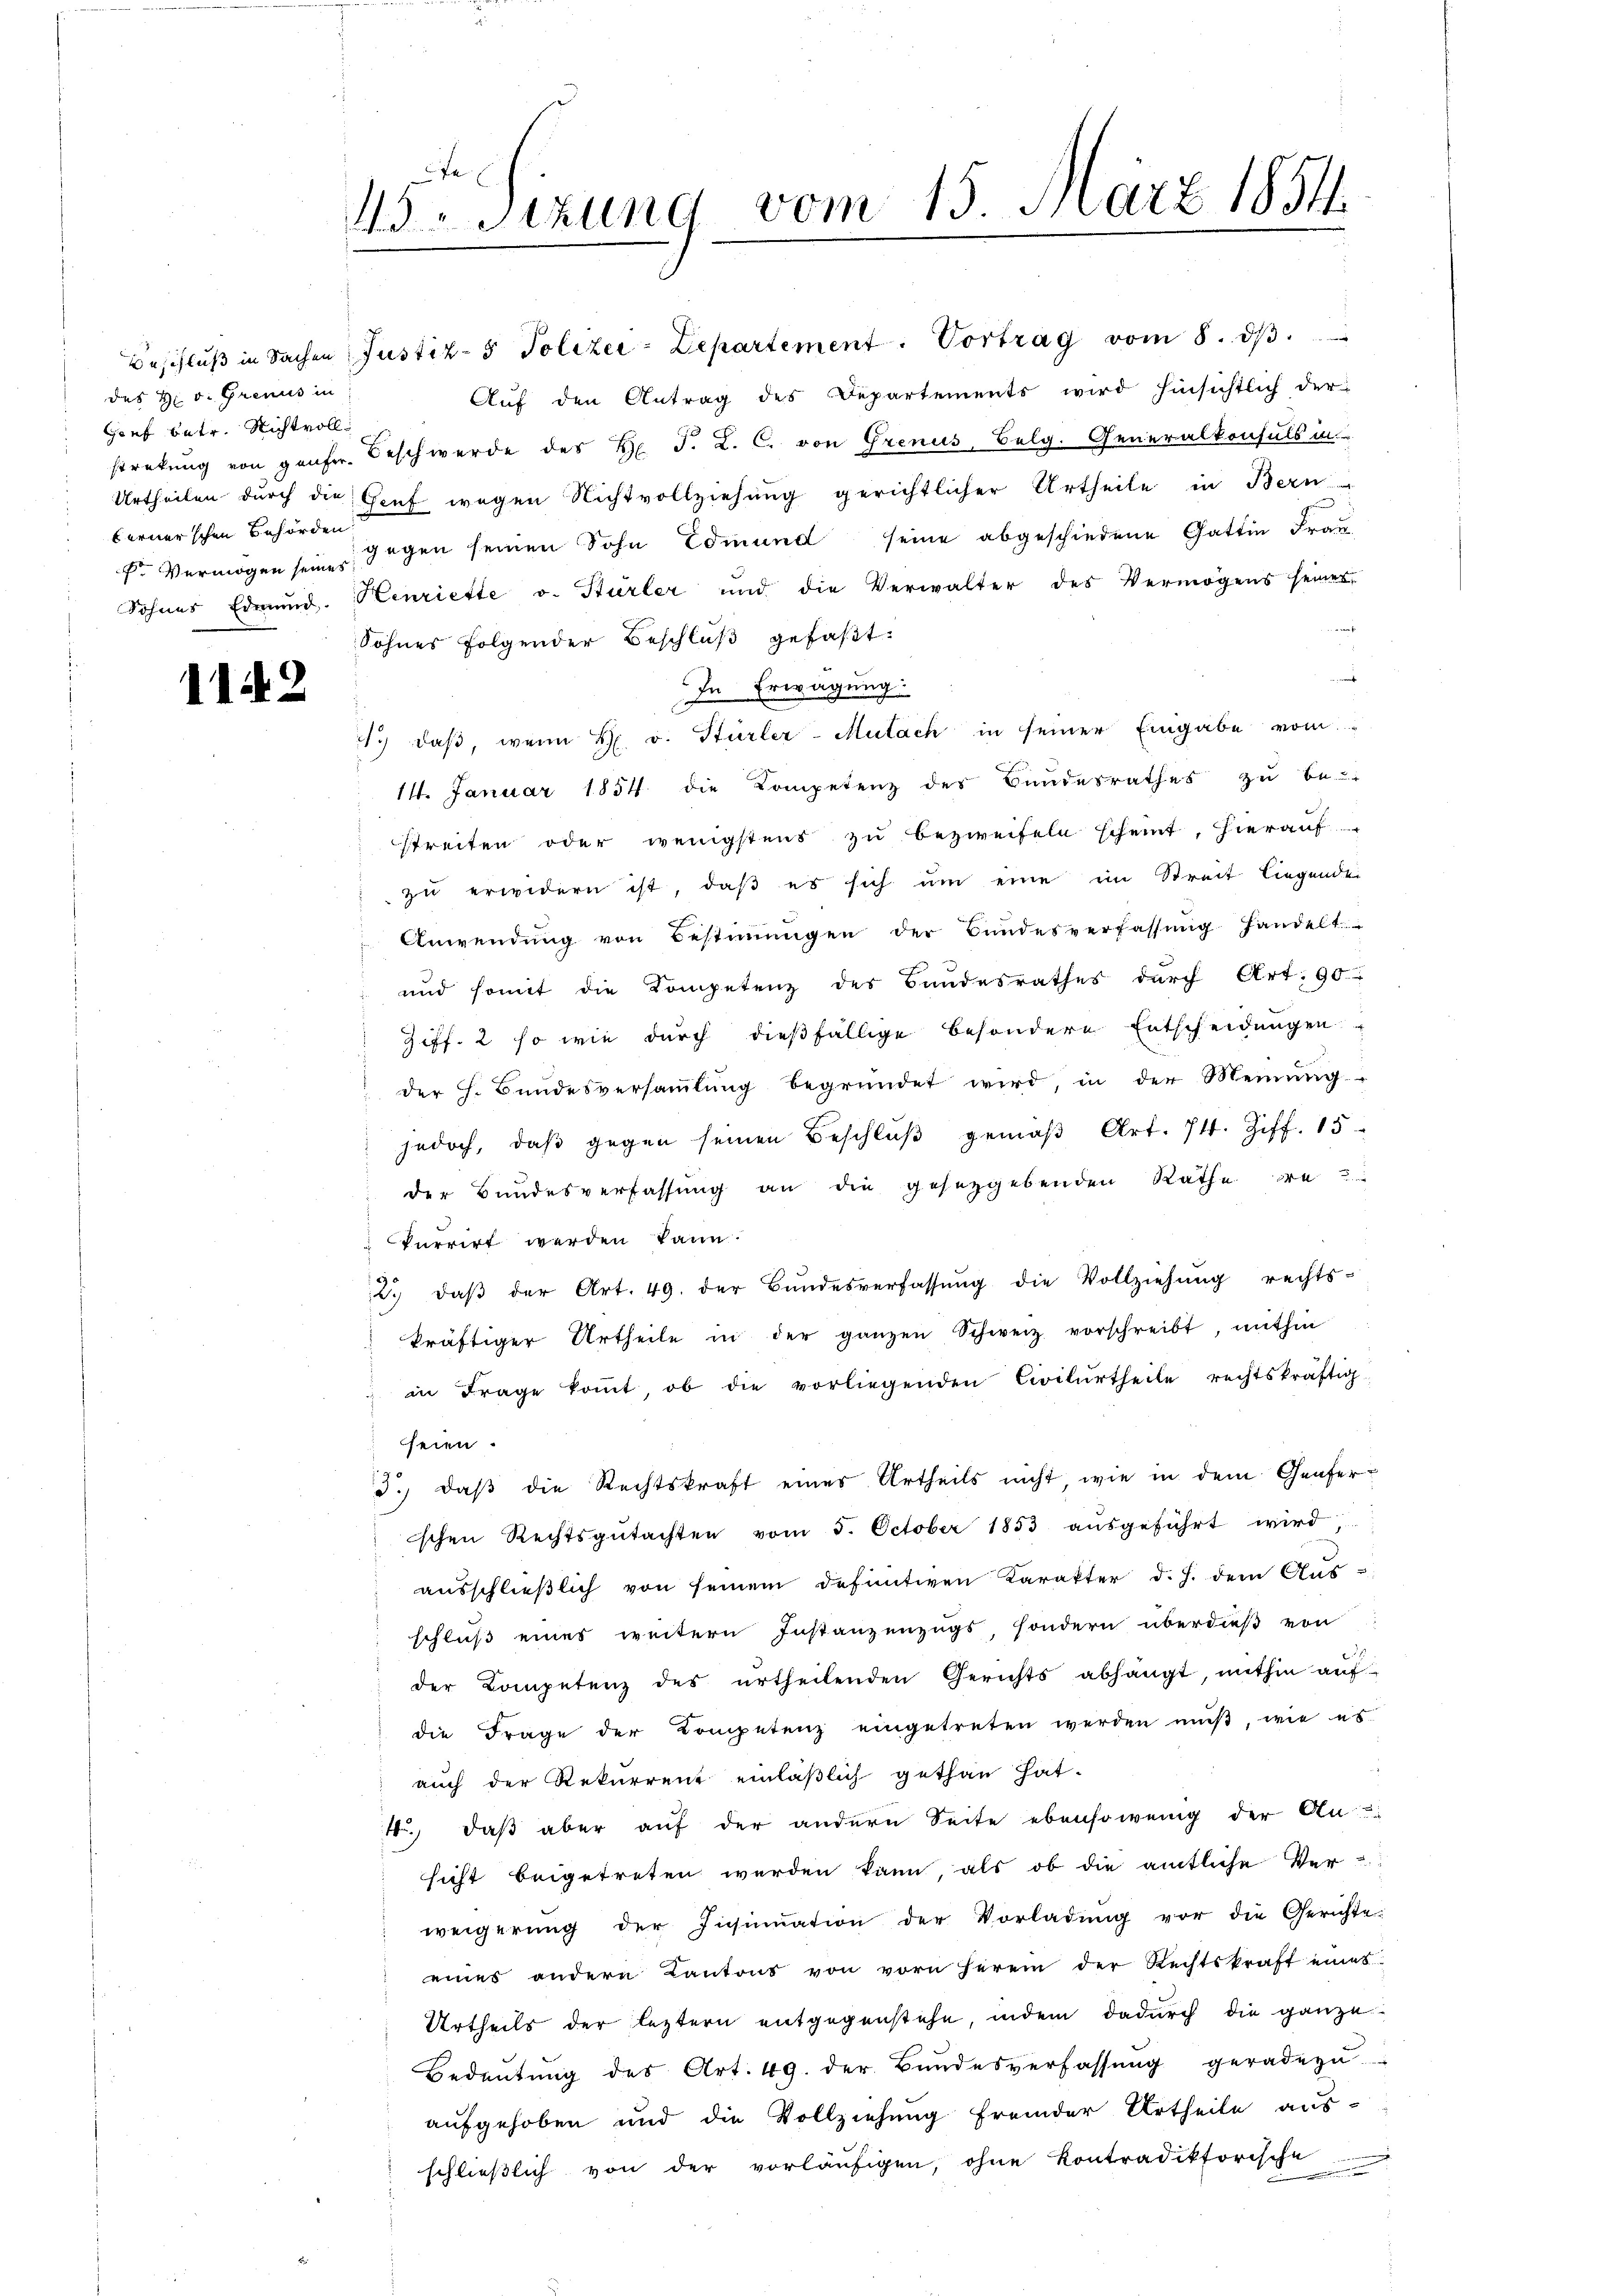
Beschluß in Sachen
des H. v. Grenus in
Hanf betr. Nichtvollberner’schen Behörden
 Vermögen seines
Sohnes Edmund

1142

1 Sizung vom 15. März 1854.

Justiz- & Polizei-Departement. Vortrag vom 8. dβ.

Aŭf den Antrag des Departements wird hinsichtlich der
stretung von genfrr. Beschwerde des H. J. L. C. von Grenus, Belg. Generalkonsuls in
Urtheilen durch die Gruf wegen Nichtvollziehung gerichtlicher Urtheile in Bern
gegen seinen Sohn Edmund seine abgeschiedene Gattin Frau
Henriette v. Hürler und die Verwalter des Vermögens seiner
Sohnes folgender Beschluß gefaßt:
e
In Erwägung:
J. daβ, wenn H. v. Stürler-Mutach in seiner Eingabe vom
11. Januar 1854 die Kompetenz des Bundesrathes zu be-
streiten oder wenigstens zu bezweifeln scheint, hierauf
zŭ erwidern ist, daβ es sich ŭm eine im Streit liegende
Anwendŭng von Bestiṁŭngen der Bŭndesverfassŭng handelt
und somit die Kompetenz des Bandesrathes durch Art. 90
Ziff. 2 so wie durch dießfällige besondere Entscheidungen
der h. Bŭndesversaṁlŭng begründet wird, in der Meinŭng.
jedoch, daß gegen seinen Beschlŭβ gemäβ Art. 74. Ziff. 15
der Bundesverfassung an die gesetzgebenden Rathe de
kurrirt werden kann.
2. daβ der Art. 49. der Bŭndesverfassŭng die Vollziehŭng rechts-
kräftiger Urtheile in der ganzen Schweiz vorschreibt, mithin
in Frage koṁt, ob die vorliegenden Civilurtheile rechtskräftig
seien.
3.) daß die Rechtskraft eines Urtheils nicht wie in dem Genferischen Rechtsgŭtachten vom 5. October 1853 aŭsgeführt wird,
aŭsschlieβlich von seinem definitiven Karakter d. J. dem Aŭs-
schluß eines weitern Instanzenzugs, sondern überdieß von
der Competenz des ertheilenden Gerichts abhängt, mithin aŭf-
die Frage der Kompetenz eingetreten werden mŭβ, wie es
auch der Rekurrent einläßlich gethan hat.
4., daß aber auf der andern Seite ebensowenig der An-
sicht beigetreten werden kann, als ob die amtliche Ver-
weigerŭng der Insinuation der Vorladŭng vor die Gerichte.
eines andern Kantons von vorn herein der Rechtskraft eines
Urtheils der leztern entgegenstehe, indem dadurch die ganze
Bedeŭtŭng des Art. 49. der Bŭndesverfassŭng geradezu
aufgehoben und die Vollziehung fremder Urtheile aus-
schlieβlich von der vorläŭfigen, ohne Kontradiktorische
i